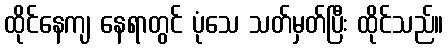
ထိုင်နေကျ နေရာတွင် ပုံသေ သတ်မှတ်ပြီး ထိုင်သည်။